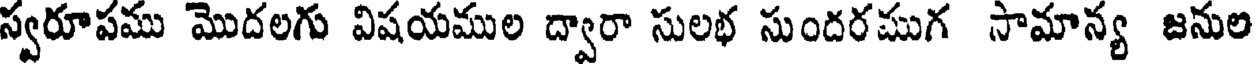
స్వరూపము మొదలగు విషయముల ద్వారా సులభ సుందరముగ సామాన్య జనుల